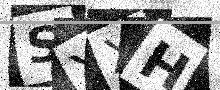
Text: SYXH